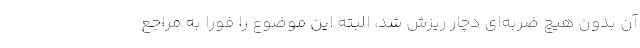
آن بدون هیچ ضربه‌ای دچار ریزش شد، البته این موضوع را فوراً به مراجع